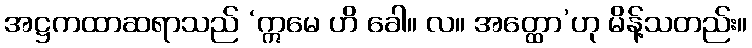
အဋ္ဌကထာဆရာသည် ‘ဣမေ ဟိ ခေါ။ လ။ အတ္ထော’ဟု မိန့်သတည်း။